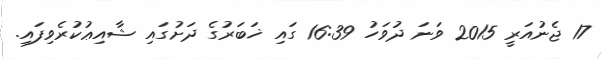
17 ޖެނުއަރީ 2015 ވަނަ ދުވަހު 16:39 ގައި ޚަބަރުގެ ދަށުގައި ޝާއިޢުކުރެވިފައި.